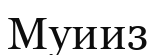
Муииз